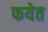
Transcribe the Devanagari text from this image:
फयेत